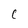
Character: C